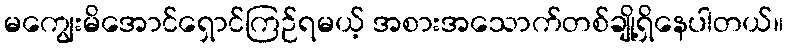
မကျွေးမိအောင်ရှောင်ကြဉ်ရမယ့် အစားအသောက်တစ်ချို့ရှိနေပါတယ်။